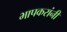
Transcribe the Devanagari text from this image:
भापकरांनी